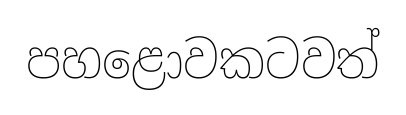
පහළොවකටවත්